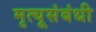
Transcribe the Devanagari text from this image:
मृत्यूसंबंधी